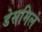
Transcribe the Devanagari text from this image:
डेसमिल